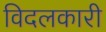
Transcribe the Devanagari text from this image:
विदलकारी